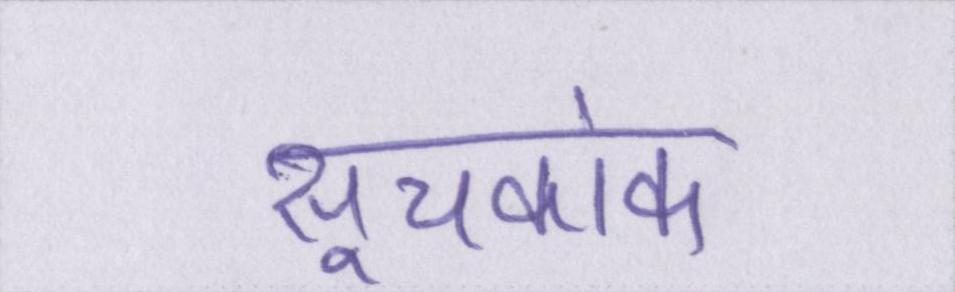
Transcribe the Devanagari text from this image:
सूचकांक